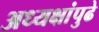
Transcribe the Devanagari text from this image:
अध्यक्षांपुढे